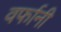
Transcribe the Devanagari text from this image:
वर्फानी